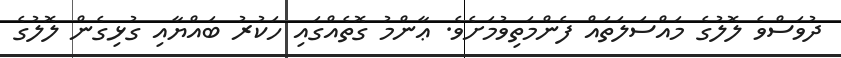
ދުވަސްވެ ލޮލުގެ މައްސަލަތައް ފެންމަތިވުމަށެވެ. ޢާންމު ގޮތެއްގައި ހަކުރު ބައްޔާއި ގުޅިގެން ލޮލުގެ